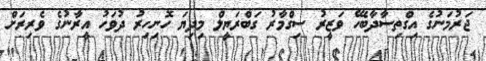
ޖަރުމަނުގެ އިގްތިސާދާބެހޭ ވަޒީރު ސިގްމާރު ގަބްރަޔީލް މިދިޔަ ހޮނިހިރު ދުވަހު އީރާނުގެ ވެރިރަށް